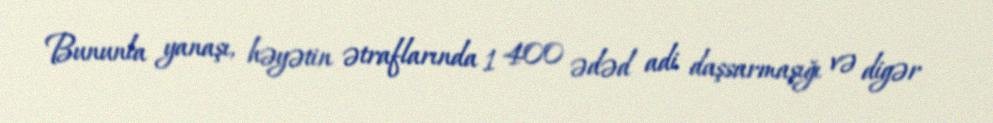
Bununla yanaşı, həyətin ətraflarında 1 400 ədəd adi daşsarmaşığı və digər